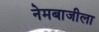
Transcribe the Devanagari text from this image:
नेमबाजीला